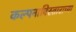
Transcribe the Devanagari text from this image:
कल्पनाविस्ताराच्या